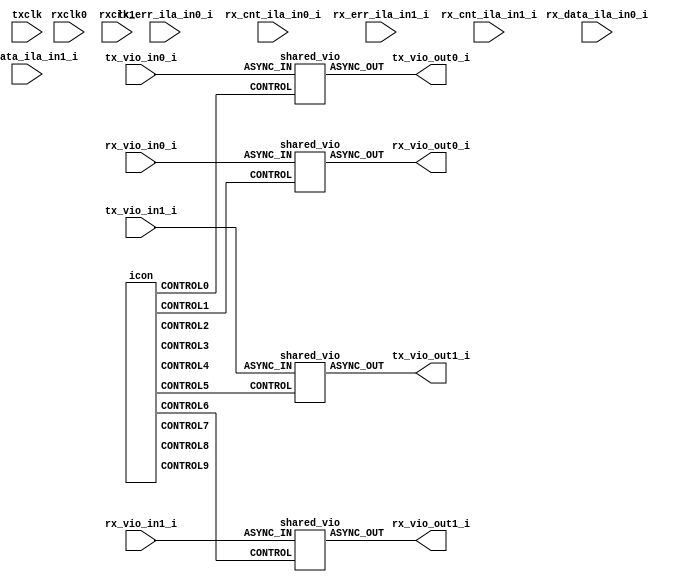
module chipscope_ip
  (txclk,
   rxclk0,
   rxclk1,
   tx_vio_in0_i,
   tx_vio_out0_i,
   rx_vio_in0_i,
   rx_vio_out0_i,
   rx_data_ila_in0_i,
   rx_err_ila_in0_i,
   rx_cnt_ila_in0_i,
   tx_vio_in1_i,
   tx_vio_out1_i,
   rx_vio_in1_i,
   rx_vio_out1_i,
   rx_data_ila_in1_i,
   rx_err_ila_in1_i,
   rx_cnt_ila_in1_i);

   input         txclk;	
   input         rxclk0;
   input         rxclk1;
   input  [31:0] tx_vio_in0_i;
   output [31:0] tx_vio_out0_i;
   input  [31:0] rx_vio_in0_i;
   output [31:0] rx_vio_out0_i;
   input  [47:0] rx_data_ila_in0_i;
   input  [47:0] rx_err_ila_in0_i;
   input  [47:0] rx_cnt_ila_in0_i;
   input  [31:0] tx_vio_in1_i;
   output [31:0] tx_vio_out1_i;
   input  [31:0] rx_vio_in1_i;
   output [31:0] rx_vio_out1_i;
   input  [47:0] rx_data_ila_in1_i;
   input  [47:0] rx_err_ila_in1_i;
   input  [47:0] rx_cnt_ila_in1_i;

   wire   [35:0] tx_vio_control0_i;
   wire   [35:0] rx_vio_control0_i;
   wire   [35:0] rx_data_ila_control0_i;
   wire   [35:0] rx_err_ila_control0_i;
   wire   [35:0] rx_cnt_ila_control0_i;
   wire   [35:0] tx_vio_control1_i;
   wire   [35:0] rx_vio_control1_i;
   wire   [35:0] rx_data_ila_control1_i;
   wire   [35:0] rx_err_ila_control1_i;
   wire   [35:0] rx_cnt_ila_control1_i;
    
    // ICON for all VIOs 
    icon i_icon
    (
      .CONTROL0                         (tx_vio_control0_i),
      .CONTROL1                         (rx_vio_control0_i),
      .CONTROL2                         (rx_data_ila_control0_i),
      .CONTROL3                         (rx_err_ila_control0_i),
      .CONTROL4                         (rx_cnt_ila_control0_i), 
      .CONTROL5                         (tx_vio_control1_i),
      .CONTROL6                         (rx_vio_control1_i),
      .CONTROL7                         (rx_data_ila_control1_i),
      .CONTROL8                         (rx_err_ila_control1_i),
      .CONTROL9                         (rx_cnt_ila_control1_i)
    );

    // TX VIO 
    shared_vio tx_vio0_i
    (
      .CONTROL                          (tx_vio_control0_i),
      .ASYNC_IN                         (tx_vio_in0_i),
      .ASYNC_OUT                        (tx_vio_out0_i)  
    );
    
    // RX VIO 
    shared_vio rx_vio0_i
    (
      .CONTROL                          (rx_vio_control0_i),
      .ASYNC_IN                         (rx_vio_in0_i),
      .ASYNC_OUT                        (rx_vio_out0_i)  
    );
    
    // RX ILA
    ila rx_data_ila0_i
    (
      .CONTROL                          (rx_data_ila_control0_i),
      .CLK                              (rxclk0),
      .TRIG0                            (rx_data_ila_in0_i)
    );

    // RX ILA
    ila rx_err_ila0_i
    (
      .CONTROL                          (rx_err_ila_control0_i),
      .CLK                              (rxclk0),
      .TRIG0                            (rx_err_ila_in0_i)
    );

    // RX ILA
    ila rx_cnt_ila0_i
    (
      .CONTROL                          (rx_cnt_ila_control0_i),
      .CLK                              (rxclk0),
      .TRIG0                            (rx_cnt_ila_in0_i)
    );
              
    // TX VIO 
    shared_vio tx_vio1_i
    (
      .CONTROL                          (tx_vio_control1_i),
      .ASYNC_IN                         (tx_vio_in1_i),
      .ASYNC_OUT                        (tx_vio_out1_i)  
    );
    
    // RX VIO 
    shared_vio rx_vio1_i
    (
      .CONTROL                          (rx_vio_control1_i),
      .ASYNC_IN                         (rx_vio_in1_i),
      .ASYNC_OUT                        (rx_vio_out1_i)  
    );
    
    // RX ILA
    ila rx_data_ila1_i
    (
      .CONTROL                          (rx_data_ila_control1_i),
      .CLK                              (rxclk1),
      .TRIG0                            (rx_data_ila_in1_i)
    );

    // RX ILA
    ila rx_err_ila1_i
    (
      .CONTROL                          (rx_err_ila_control1_i),
      .CLK                              (rxclk1),
      .TRIG0                            (rx_err_ila_in1_i)
    );

    // RX ILA
    ila rx_cnt_ila1_i
    (
      .CONTROL                          (rx_cnt_ila_control1_i),
      .CLK                              (rxclk1),
      .TRIG0                            (rx_cnt_ila_in1_i)
    );

endmodule
   
        
//-------------------------------------------------------------------
//
//  VIO core module declaration 
//  This one is for driving shared ports and is asynchronous
//
//-------------------------------------------------------------------
module shared_vio
  (
    CONTROL,
    ASYNC_IN,
    ASYNC_OUT
  );
  input  [35:0] CONTROL;
  input  [31:0] ASYNC_IN;
  output [31:0] ASYNC_OUT;
endmodule

//-------------------------------------------------------------------
//
//  ICON core module declaration
//
//-------------------------------------------------------------------
module icon 
  (
      CONTROL0,
      CONTROL1,
      CONTROL2,
      CONTROL3,
      CONTROL4,
      CONTROL5,
      CONTROL6,
      CONTROL7,
      CONTROL8,
      CONTROL9
  );
  output [35:0] CONTROL0;
  output [35:0] CONTROL1;
  output [35:0] CONTROL2;
  output [35:0] CONTROL3;
  output [35:0] CONTROL4;
  output [35:0] CONTROL5;
  output [35:0] CONTROL6;
  output [35:0] CONTROL7;
  output [35:0] CONTROL8;
  output [35:0] CONTROL9;
endmodule


//-------------------------------------------------------------------
//
//  ILA core module declaration
//  This is used to allow RX signals to be monitored
//
//-------------------------------------------------------------------
module ila
  (
    CONTROL,
    CLK,
    TRIG0
  );
  input [35:0] CONTROL;
  input CLK;
  input [47:0] TRIG0;
endmodule